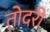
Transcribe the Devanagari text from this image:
तोदरी